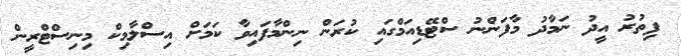
ފިތުރު އީދު ނަމާދު މާފަންނު ސްޓޭޑިއަމްގައި ކުރަން ނިންމާފައިވާ ކަމަށް އިސްލާމިކް މިނިސްޓްރީން